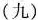
(九)